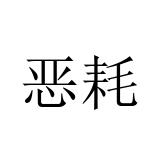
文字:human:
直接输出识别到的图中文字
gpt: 恶耗